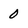
Character: 0